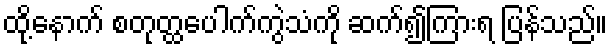
ထို့နောက် စတုတ္ထပေါက်ကွဲသံကို ဆက်၍ကြားရ ပြန်သည်။